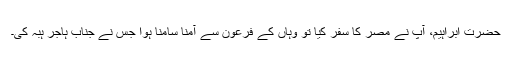
حضرت ابراہیمؑ، آپؑ نے مصر کا سفر کیا تو وہاں کے فرعون سے آمنا سامنا ہوا جس نے جناب ہاجر ہبہ کی۔